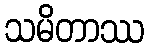
သမိတာဿ